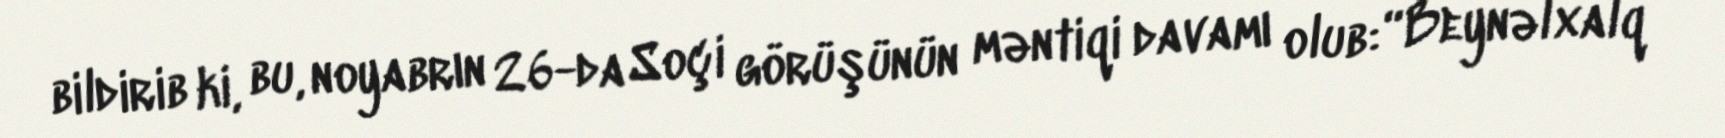
bildirib ki, bu, noyabrın 26-da Soçi görüşünün məntiqi davamı olub: “Beynəlxalq